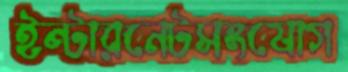
ইন্টারনেটসংযোগ